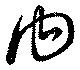
内